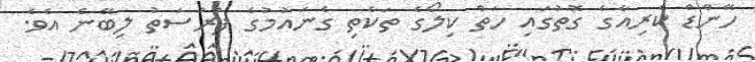
ހޭންޑް ކެރިއާގެ ގޮތުގައި ހަތް ކިލޯގެ ތަކެތި ގެނައުމުގެ ފުރުސަތު ލިބޭނެ އެވެ.